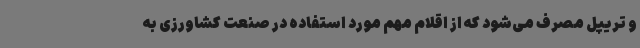
و تریپل مصرف می‌شود که از اقلام مهم مورد استفاده در صنعت کشاورزی به